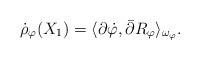
LaTeX: \begin{align*}\dot \rho_\varphi(X_1)= \langle \partial \dot\varphi, \bar \partial R_\varphi\rangle_{\omega_\varphi}.\end{align*}